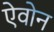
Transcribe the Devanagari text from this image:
ऐवोन